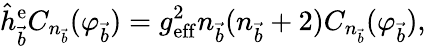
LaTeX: \hat{h}_{\vec{b}}^{\mathrm{e}}C_{n_{\vec{b}}}(\varphi_{\vec{b}})=g_{\mathrm{eff}}^{2}n_{\vec{b}}(n_{\vec{b}}+2)C_{n_{\vec{b}}}(\varphi_{\vec{b}}),